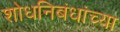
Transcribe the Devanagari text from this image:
शोधनिबंधांच्या